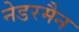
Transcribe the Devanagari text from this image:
नेडरमैन